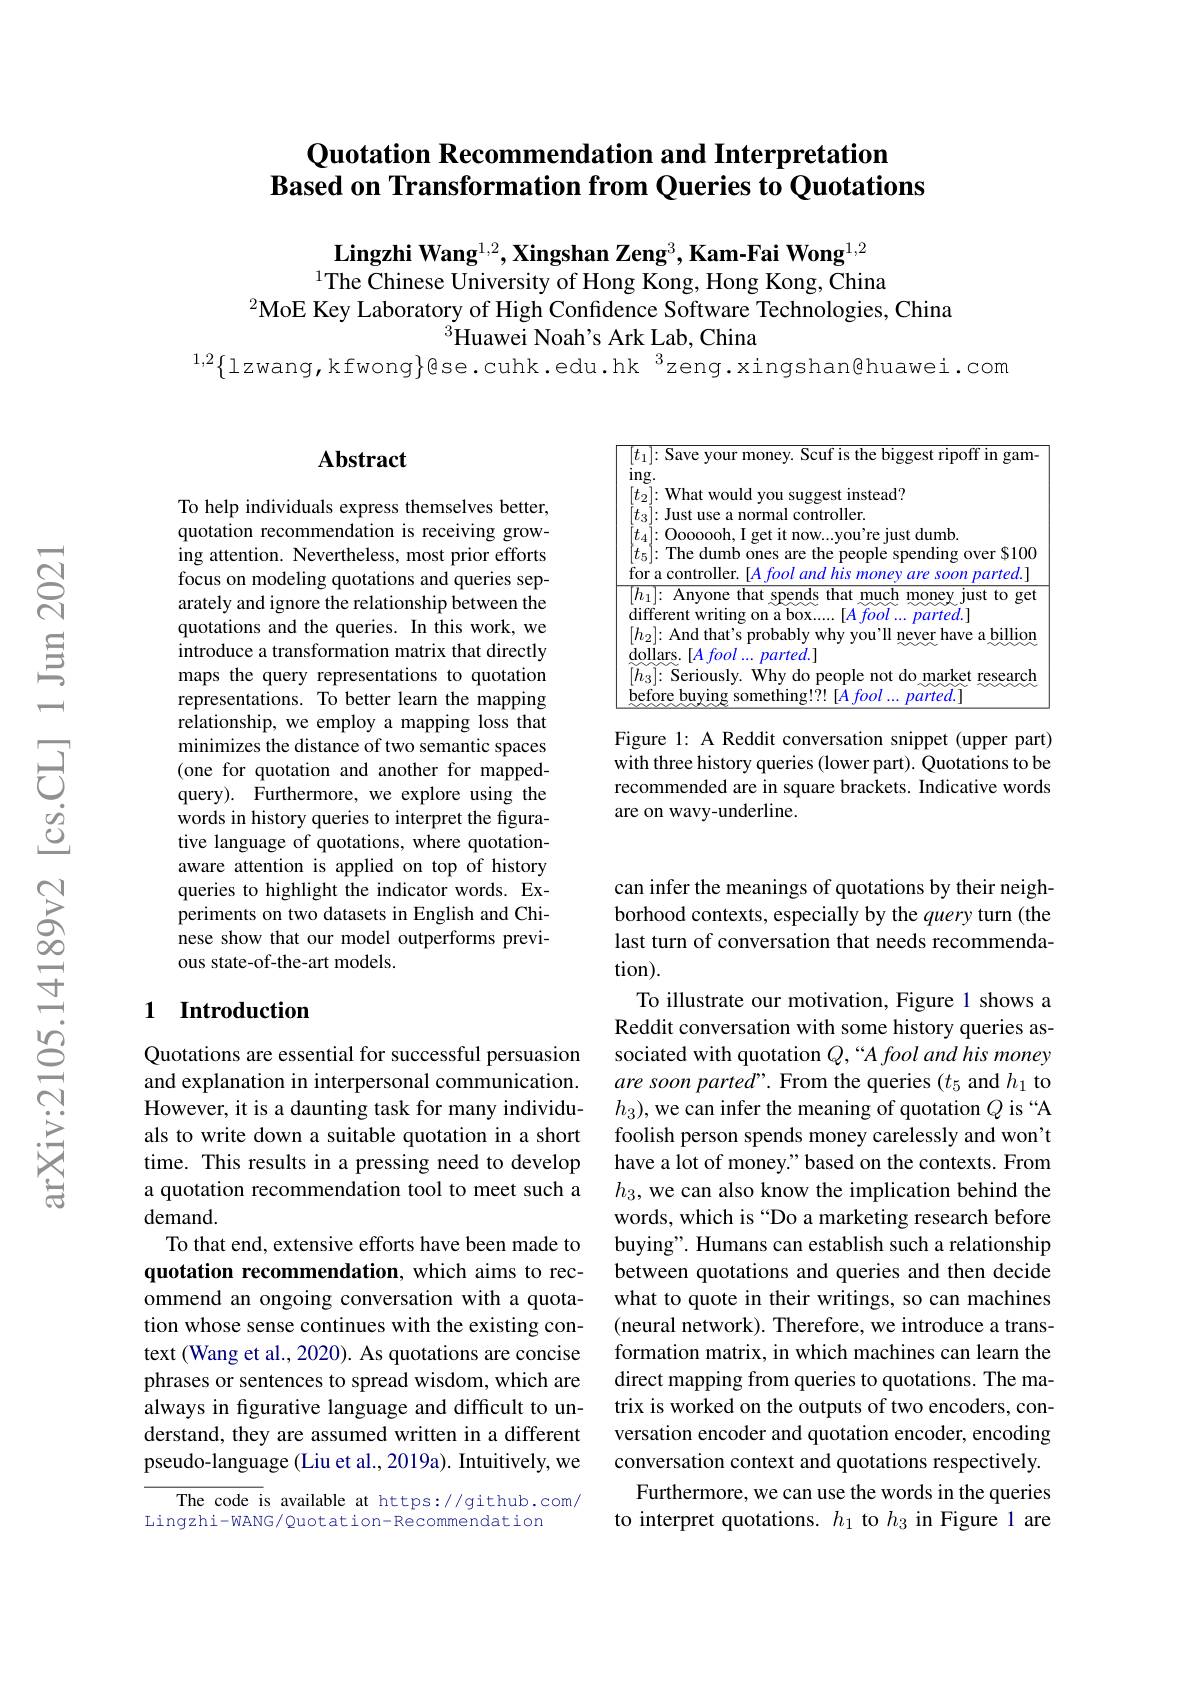
## Quotation Recommendation and Interpretation Based on Transformation from Queries to Quotations

Lingzhi Wang$^1,2,\textbf{Xingshan Zeng}^3,\textbf{Kam-Fai Wong}^{1,2}$ $^{1}$The Chinese University of Hong Kong, Hong Kong, $^{\text{China}}$
$^{2}$MoE Key Laboratory of High Confidence Software Technologies, China
$^{3}$Huawei Noah's Ark Lab, China
$^{1,2}\{$lzwang,kfwong$\}$@se.cuhk.edu.hk$^3$zeng.xingshan@huawei.com

<FigureHere>

Figure 1: A Reddit conversation snippet (upper part) with three history queries (lower part). Quotations to be recommended are in square brackets. Indicative words are on wavy-underline.

### $\mathbf{Abstract}$

To help individuals express themselves better, quotation recommendation is receiving growing attention. Nevertheless, most prior efforts focus on modeling quotations and queries separately and ignore the relationship between the quotations and the queries. In this work, we introduce a transformation matrix that directly maps the query representations to quotation representations. To better learn the mapping relationship, we employ a mapping loss that minimizes the distance of two semantic spaces (one for quotation and another for mappedquery). Furthermore, we explore using the words in history queries to interpret the figurative language of quotations, where quotationaware attention is applied on top of history queries to highlight the indicator words. Experiments on two datasets in English and Chinese show that our model outperforms previous state-of-the-art models.

## 1 Introduction

Quotations are essential for successful persuasion and explanation in interpersonal communication. However, it is a daunting task for many individuals to write down a suitable quotation in a short time. This results in a pressing need to develop a quotation recommendation tool to meet such a demand.
To that end, extensive efforts have been made to quotation recommendation, which aims to recommend an ongoing conversation with a quotation whose sense continues with the existing context (Wang et al., 2020). As quotations are concise phrases or sentences to spread wisdom, which are always in figurative language and difficult to understand, they are assumed written in a different pseudo-language (Liu et al., 2019a). Intuitively, we

The code is available at https://github.com/
Lingzhi-wANG/ Quotation- Recommendation

can infer the meanings of quotations by their neighborhood contexts, especially by the query turn (the last turn of conversation that needs recommendation).
To illustrate our motivation, Figure 1 shows a Reddit conversation with some history queries associated with quotation $Q,“Afool$ and his money are soon parted". From the queries (t5 and $h_1$ to $h_3)$, we can infer the meaning of quotation $Q$ is “A foolish person spends money carelessly and won't have a lot of money." based on the contexts. From $h_3$, we can also know the implication behind the words, which is “Do a marketing research before buying". Humans can establish such a relationship between quotations and queries and then decide what to quote in their writings, so can machines (neural network). Therefore, we introduce a transformation matrix, in which machines can learn the direct mapping from queries to quotations. The matrix is worked on the outputs of two encoders, conversation encoder and quotation encoder, encoding conversation context and quotations respectively.
Furthermore, we can use the words in the queries to interpret quotations. $h_1$ to $h_3$ in Figure 1 are